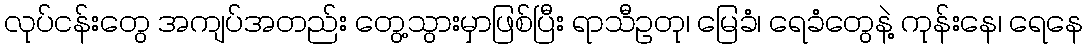
လုပ်ငန်းတွေ အကျပ်အတည်း တွေ့သွားမှာဖြစ်ပြီး ရာသီဥတု၊ မြေခံ၊ ရေခံတွေနဲ့ ကုန်းနေ၊ ရေနေ